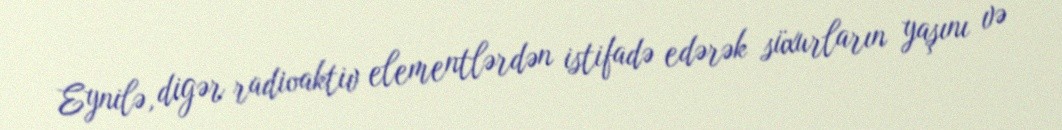
Eynilə, digər radioaktiv elementlərdən istifadə edərək süxurların yaşını və